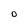
Character: 0